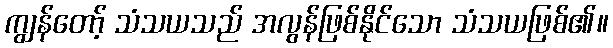
ကျွန်တော့် သံသယသည် အလွန်ဖြစ်နိုင်သော သံသယဖြစ်၏။